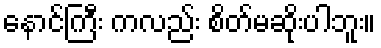
နောင်ကြီး ကလည်း စိတ်မဆိုးပါဘူး။